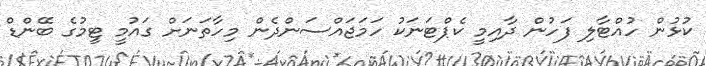
ކުޅުން ހުއްޓާލި ފަހުން ދާއިމީ ކެޕްޓަނަކު ހަމަޖައްސަންދެން މިހާތަނަށް ގައުމީ ޓީމުގެ ބޭންޑް